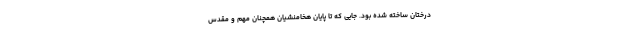
درختان ساخته شده بود. جایی که تا پایان هخامنشیان همچنان مهم و مقدس